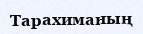
Тарахиманың